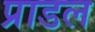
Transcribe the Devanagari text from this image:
प्राडल